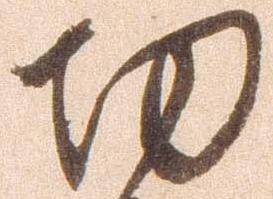
功